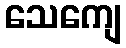
သေကျေ